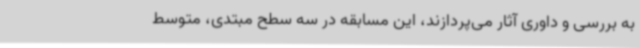
به بررسی و داوری آثار می‌پردازند، این مسابقه در سه سطح مبتدی، متوسط